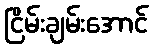
ငြိမ်းချမ်းအောင်